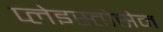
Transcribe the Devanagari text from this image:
प्लेइस्तोसेन